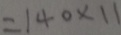
= 1 4 0 \times 1 1